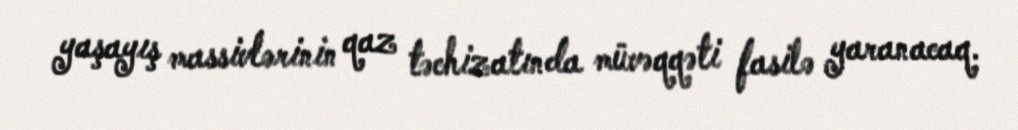
yaşayış massivlərinin qaz təchizatında müvəqqəti fasilə yaranacaq.